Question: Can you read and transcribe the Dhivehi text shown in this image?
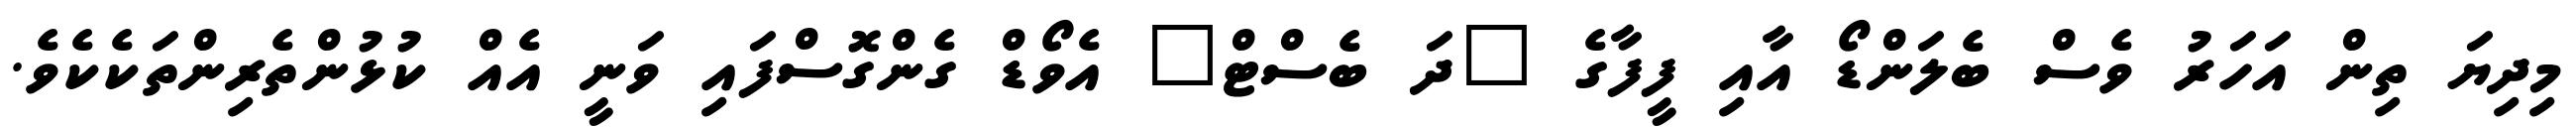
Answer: މިދިޔަ ތިން އަހަރު ވެސް ބެލަންޑޯ އާއި ފީފާގެ "ދަ ބެސްޓް" އެވޯޑް ގެންގޮސްފައި ވަނީ އެއް ކުޅުންތެރިންތަކެކެވެ.